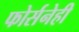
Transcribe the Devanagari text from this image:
फोर्सनेही